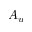
A _ { u }